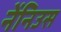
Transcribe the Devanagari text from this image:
नेंनिउस